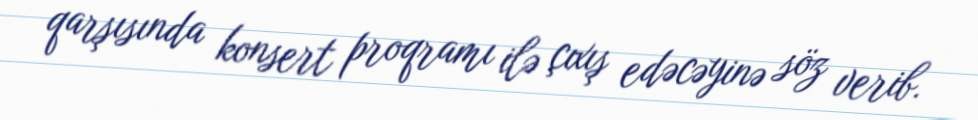
qarşısında konsert proqramı ilə çıxış edəcəyinə söz verib.